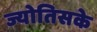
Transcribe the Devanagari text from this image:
ज्योतिसके